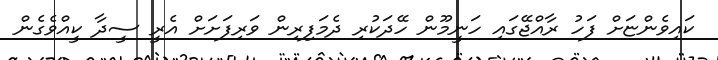
ކައިވެންޏަށް ފަހު ރާއްޖޭގައި ހަނީމޫން ހޭދަކުރި ދެމަފިރިން ވަރިފަށަށް އެރީ ސީދާ ކީއްވެގެން